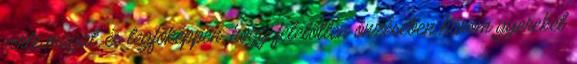
verte magát, és legfőképpen, hogy felelőtlen önzésében három gyereket